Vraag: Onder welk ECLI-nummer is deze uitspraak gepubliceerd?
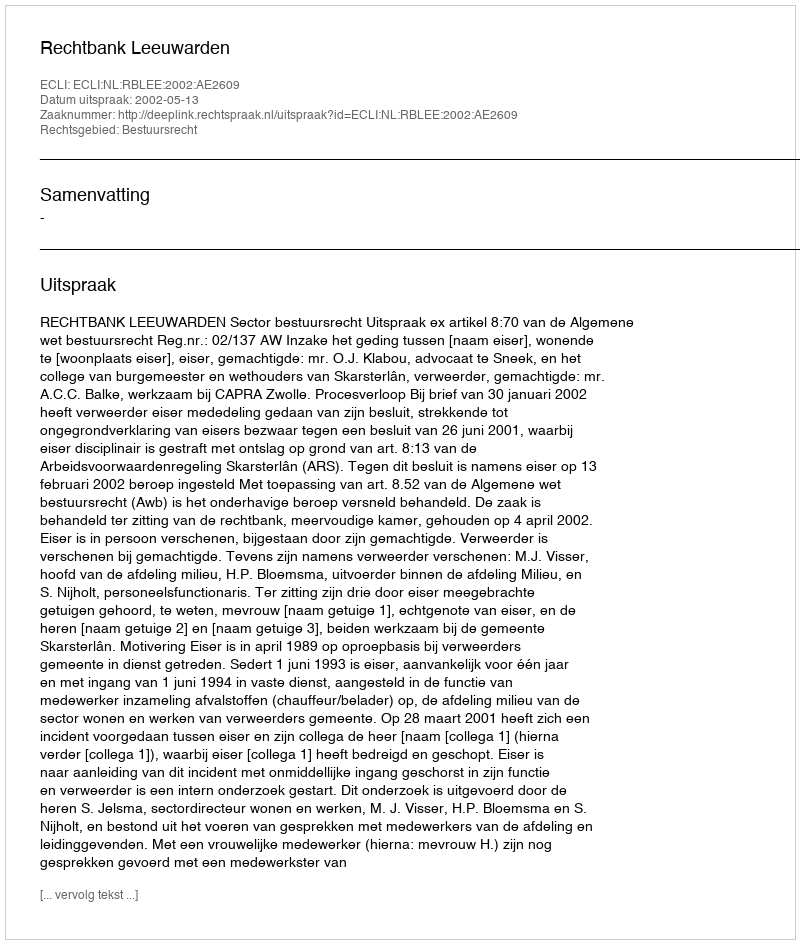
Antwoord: ECLI:NL:RBLEE:2002:AE2609